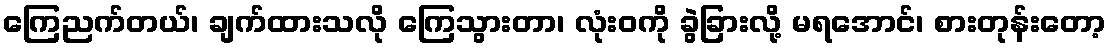
ကြေညက်တယ်၊ ချက်ထားသလို ကြေသွားတာ၊ လုံးဝကို ခွဲခြားလို့ မရအောင်၊ စားတုန်းတော့